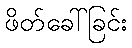
ဖိတ်ခေါ်ခြင်း